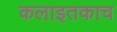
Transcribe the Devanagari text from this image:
कलाइतकाच